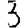
Digit: 3